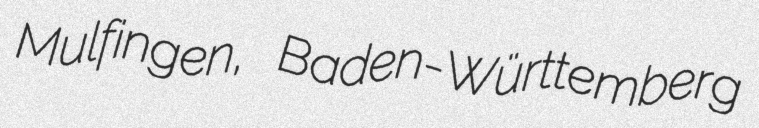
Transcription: Mulfingen, Baden-Württemberg